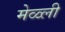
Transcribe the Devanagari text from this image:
मेळ्ली